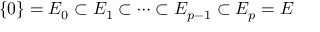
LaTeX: \{ 0 \} = E _ { 0 } \subset E _ { 1 } \subset \cdots \subset E _ { p - 1 } \subset E _ { p } = E